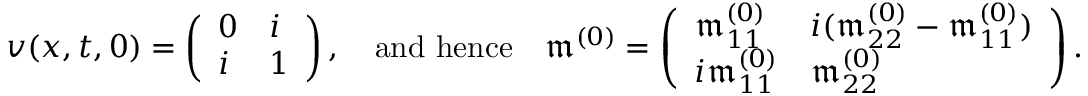
\begin{array} { r l } & { v ( x , t , 0 ) = \left( \begin{array} { l l } { 0 } & { i } \\ { i } & { 1 } \end{array} \right) , \quad \mathrm { a n d ~ h e n c e } \quad \mathfrak { m } ^ { ( 0 ) } = \left( \begin{array} { l l } { \mathfrak { m } _ { 1 1 } ^ { ( 0 ) } } & { i ( \mathfrak { m } _ { 2 2 } ^ { ( 0 ) } - \mathfrak { m } _ { 1 1 } ^ { ( 0 ) } ) } \\ { i \mathfrak { m } _ { 1 1 } ^ { ( 0 ) } } & { \mathfrak { m } _ { 2 2 } ^ { ( 0 ) } } \end{array} \right) . } \end{array}